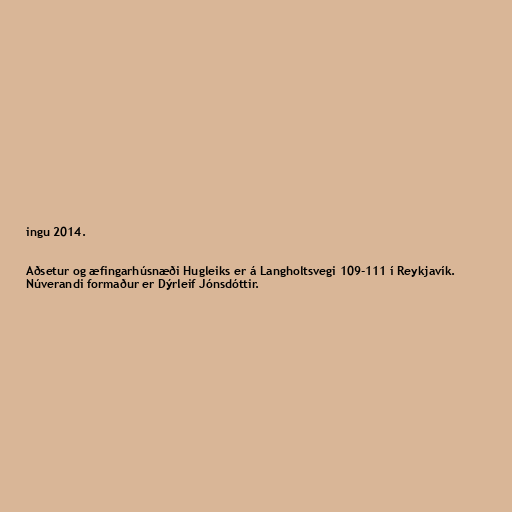
ingu 2014.

Aðsetur og æfingarhúsnæði Hugleiks er á Langholtsvegi 109-111 í Reykjavík.
Núverandi formaður er Dýrleif Jónsdóttir.